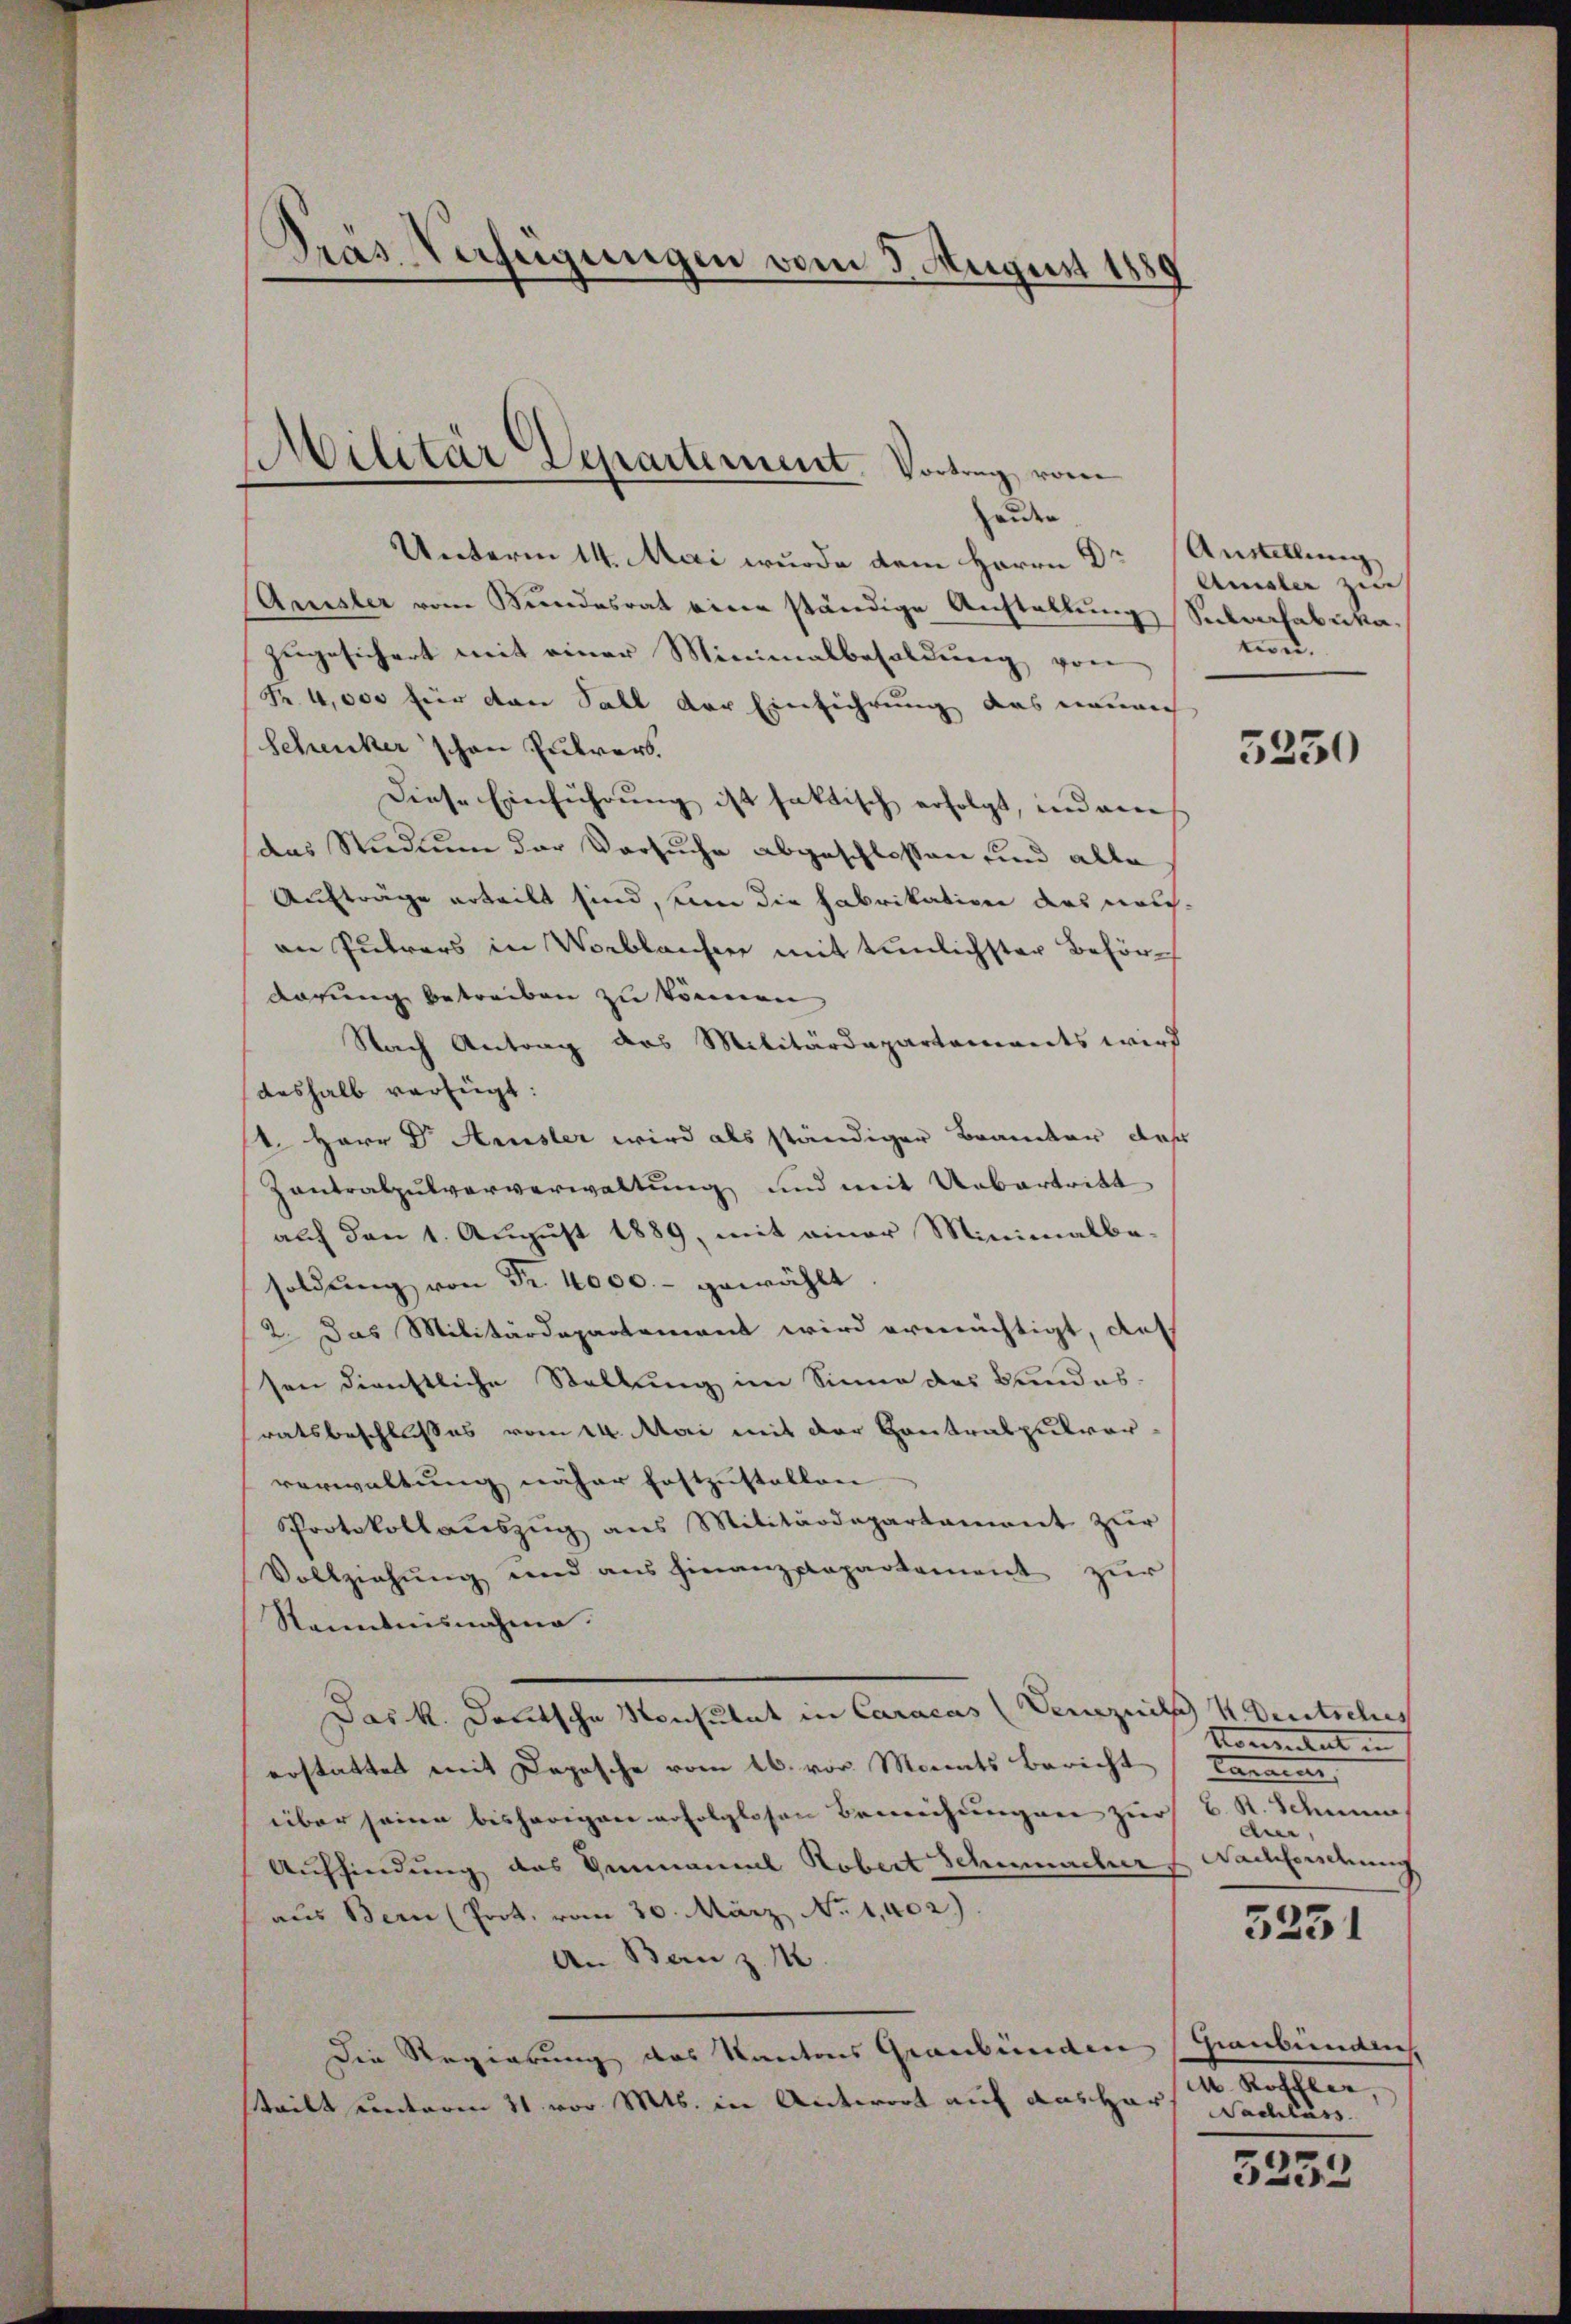
Dras Verfügungen vom 3. August 1881

Militär Departement. Vortrag vom

wider
Unterm 14. Mai wurde dem Herrn Dr
Amsler vom Bundesrat eine ständige Anstellung Sekrfabrikazugesichert mit einer Minimalbesoldung von
R. 4,000 für den Sall der Einführung das neuen
Schenker schon Pulvers.
Diese Einführung ist faktisch erfolgt, indem
das Studium der Versuche abgeschlossen und alle
Aufträge erteilt sind, um die Fabrikation des welchan Pulvers in Verblassen mit tunlichster Behördarung betreiben zu können.
Nach Antrag das Militärdepartements wird
deshalb verfügt:
s. Herr Dr. Amister wird als ständiger Brauter, daß
Zantralpulververwaltung und mit Uebertritt
auf den 1. August 1889, mit einer Minimalbe-
soldŭng von Fr. 4000.- gewählt.
2. Das Militärdepartement wird ermächtigt, de
sen dienstliche Stellung im Sinne des Bundes.
ratsbeschlusses vom 14. Mai mit der Contralpulver
verwaltung näher Festzustellen
Protokollaŭszŭg ans Militärdepartament zŭr
Vollziehŭng und ans Finanzpapartement zŭr
Kenntnisnahme.
Das k. Deutsche Konsulat in Caracus (Venezuil 4. Deutsches
erstattet mit Deposche vom 26. vor. Monats Bericht
über seine bisherigen erfolglosen Beweihungen zur
Auffindung des Genannt Robert Schumacher Wackfordung
aus Bern (Prot. vom 30. März No. 1,402)
An Banz. N
Die Regierung des Kantons Graubünden Graubündlich,
steilt unterm 21. vor. Mts. in Antwort auf das Har

Austellung
Amsler zur
ee.

5330

Konsulat
Tament
2 R. Schnun
An,
3231

M. Kofler,
Sachläss

3253